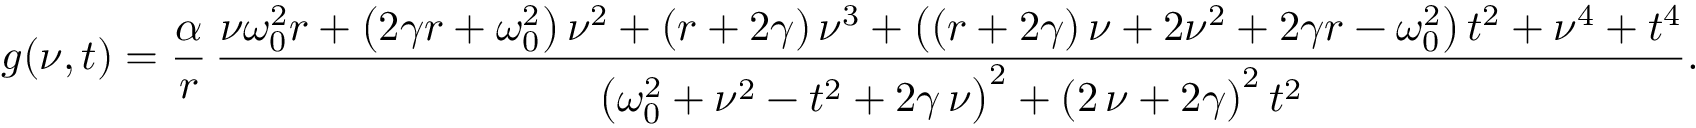
g ( \nu , t ) = \frac { \alpha } { r } \, \frac { \nu \omega _ { 0 } ^ { 2 } r + \left( 2 \gamma r + \omega _ { 0 } ^ { 2 } \right) \nu ^ { 2 } + \left( r + 2 \gamma \right) \nu ^ { 3 } + \left( \left( r + 2 \gamma \right) \nu + 2 \nu ^ { 2 } + 2 \gamma r - \omega _ { 0 } ^ { 2 } \right) t ^ { 2 } + \nu ^ { 4 } + t ^ { 4 } } { \left( \omega _ { 0 } ^ { 2 } + \nu ^ { 2 } - t ^ { 2 } + 2 \gamma \, \nu \right) ^ { 2 } + \left( 2 \, \nu + 2 \gamma \right) ^ { 2 } t ^ { 2 } } .